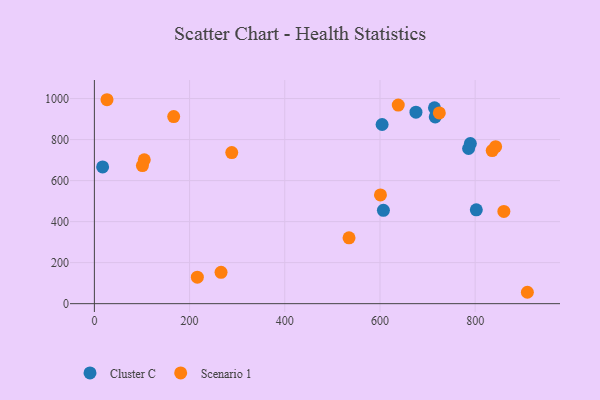
{"axis": {"x": "Investment", "y": "Salary"}, "legend": ["Cluster C", "Scenario 1"], "data": [{"x": "714.5", "y": 954.8, "type": "Cluster C"}, {"x": "17.3", "y": 666.8, "type": "Cluster C"}, {"x": "675.6", "y": 933.6, "type": "Cluster C"}, {"x": "789.9", "y": 780.5, "type": "Cluster C"}, {"x": "786.2", "y": 756.4, "type": "Cluster C"}, {"x": "802.4", "y": 457.5, "type": "Cluster C"}, {"x": "607.2", "y": 455.0, "type": "Cluster C"}, {"x": "604.5", "y": 873.4, "type": "Cluster C"}, {"x": "716.1", "y": 910.5, "type": "Cluster C"}, {"x": "835.8", "y": 746.4, "type": "Scenario 1"}, {"x": "843.0", "y": 765.5, "type": "Scenario 1"}, {"x": "104.8", "y": 701.4, "type": "Scenario 1"}, {"x": "166.6", "y": 912.3, "type": "Scenario 1"}, {"x": "266.1", "y": 153.0, "type": "Scenario 1"}, {"x": "288.6", "y": 736.7, "type": "Scenario 1"}, {"x": "26.5", "y": 994.3, "type": "Scenario 1"}, {"x": "638.4", "y": 968.2, "type": "Scenario 1"}, {"x": "724.7", "y": 930.1, "type": "Scenario 1"}, {"x": "601.0", "y": 530.1, "type": "Scenario 1"}, {"x": "860.3", "y": 449.7, "type": "Scenario 1"}, {"x": "100.9", "y": 673.3, "type": "Scenario 1"}, {"x": "216.3", "y": 129.1, "type": "Scenario 1"}, {"x": "535.0", "y": 321.2, "type": "Scenario 1"}, {"x": "909.7", "y": 55.5, "type": "Scenario 1"}]}